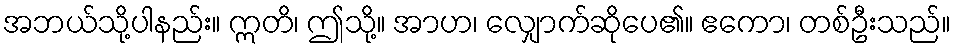
အဘယ်သို့ပါနည်း။ ဣတိ၊ ဤသို့။ အာဟ၊ လျှောက်ဆိုပေ၏။ ဧကော၊ တစ်ဦးသည်။